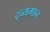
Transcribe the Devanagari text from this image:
द्र्व्यमान